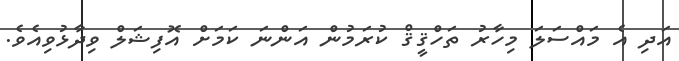
އަދި އެ މަައްސަލަ މިހާރު ތަހްޤީޤް ކުރަމުން އަންނަ ކަމަށް އޮފިޝަލް ވިދާޅުވިއެވެ.